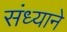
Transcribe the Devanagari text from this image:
संध्याने